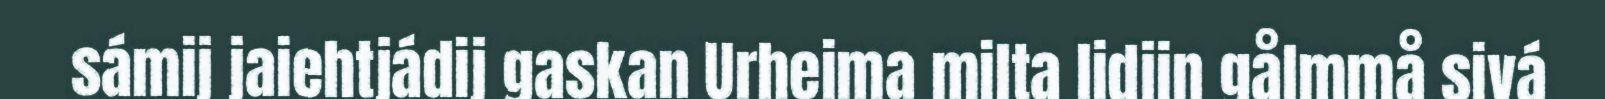
sámij jaiehtjádij gaskan Urheima milta lidjin gålmmå sivá